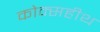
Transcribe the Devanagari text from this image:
कोक्सहीथ